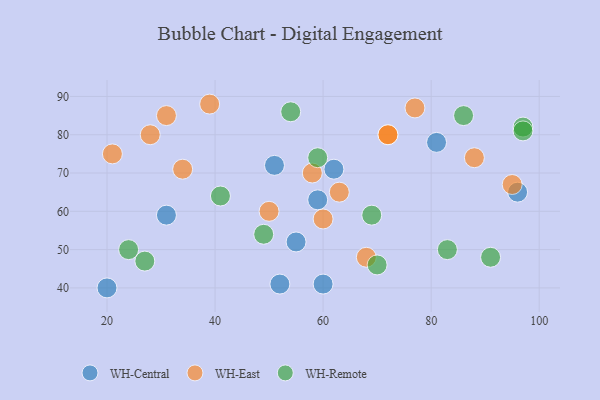
{"axis": {"x": "GDP", "y": "Life Expectancy"}, "legend": ["WH-Central", "WH-East", "WH-Remote"], "data": [{"x": "31", "y": 59, "type": "WH-Central"}, {"x": "96", "y": 65, "type": "WH-Central"}, {"x": "81", "y": 78, "type": "WH-Central"}, {"x": "60", "y": 41, "type": "WH-Central"}, {"x": "55", "y": 52, "type": "WH-Central"}, {"x": "62", "y": 71, "type": "WH-Central"}, {"x": "20", "y": 40, "type": "WH-Central"}, {"x": "52", "y": 41, "type": "WH-Central"}, {"x": "51", "y": 72, "type": "WH-Central"}, {"x": "59", "y": 63, "type": "WH-Central"}, {"x": "72", "y": 80, "type": "WH-East"}, {"x": "58", "y": 70, "type": "WH-East"}, {"x": "95", "y": 67, "type": "WH-East"}, {"x": "88", "y": 74, "type": "WH-East"}, {"x": "77", "y": 87, "type": "WH-East"}, {"x": "39", "y": 88, "type": "WH-East"}, {"x": "21", "y": 75, "type": "WH-East"}, {"x": "68", "y": 48, "type": "WH-East"}, {"x": "31", "y": 85, "type": "WH-East"}, {"x": "60", "y": 58, "type": "WH-East"}, {"x": "63", "y": 65, "type": "WH-East"}, {"x": "50", "y": 60, "type": "WH-East"}, {"x": "72", "y": 80, "type": "WH-East"}, {"x": "28", "y": 80, "type": "WH-East"}, {"x": "34", "y": 71, "type": "WH-East"}, {"x": "27", "y": 47, "type": "WH-Remote"}, {"x": "91", "y": 48, "type": "WH-Remote"}, {"x": "83", "y": 50, "type": "WH-Remote"}, {"x": "49", "y": 54, "type": "WH-Remote"}, {"x": "24", "y": 50, "type": "WH-Remote"}, {"x": "69", "y": 59, "type": "WH-Remote"}, {"x": "97", "y": 82, "type": "WH-Remote"}, {"x": "97", "y": 81, "type": "WH-Remote"}, {"x": "70", "y": 46, "type": "WH-Remote"}, {"x": "54", "y": 86, "type": "WH-Remote"}, {"x": "86", "y": 85, "type": "WH-Remote"}, {"x": "59", "y": 74, "type": "WH-Remote"}, {"x": "41", "y": 64, "type": "WH-Remote"}]}